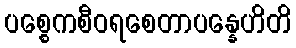
ပစ္စေကစီဝရစေတာပန္နေဟိတိ